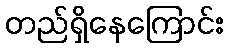
တည်ရှိနေကြောင်း